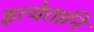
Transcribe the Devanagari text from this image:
इत्येतानि